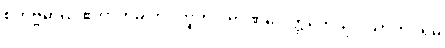
စတုဗ္ဗိဓာယ ဧကာဟမ္ပိ တဒဟူတိ ပုရာဏပေါတ္ထကေသု ဒသာဟပရမံ